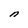
Character: n